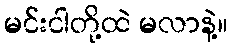
မင်းငါတို့ထဲ မလာနဲ့။